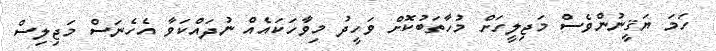
ހަމަ ޔަޤީނުންވެސް މަޖިލީހަށް މުހާތަބުކޮށް ވަހީދު މިވާހަކައެއް ނުދައްކަވާ އެހެނަސް މަޖިލިސް